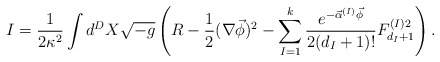
\begin{align*} I=\frac{1}{2\kappa ^{2}} \int d^{D}X\sqrt{-g} \left( R-\frac{1}{2}(\nabla\vec\phi)^2- \sum_{I=1}^{k} \frac{e^{-\vec\alpha^{(I)}\vec\phi}}{2(d_I+1)!} F^{(I)2}_{d_I+1} \right).\end{align*}